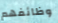
وظائفهم